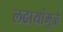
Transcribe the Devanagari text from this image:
लढायांमुळे